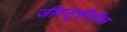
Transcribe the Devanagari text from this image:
जीवसृष्टीतील